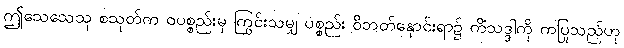
ဤသေသေသု စသုတ်က ဝပစ္စည်းမှ ကြွင်းသမျှ ပစ္စည်း ဝိဘတ်နှောင်းရာ၌ ကိံသဒ္ဒါကို ကပြုသည်ဟု